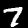
Digit: 7